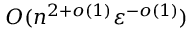
O ( n ^ { 2 + o ( 1 ) } \varepsilon ^ { - o ( 1 ) } )